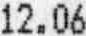
12.06